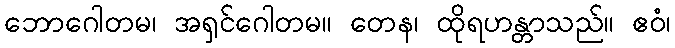
ဘောဂေါတမ၊ အရှင်ဂေါတမ။ တေန၊ ထိုရဟန္တာသည်။ ဧဝံ၊